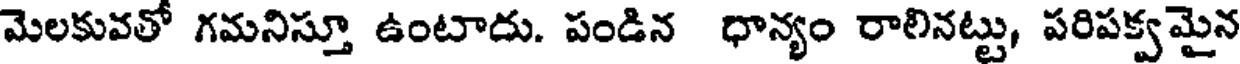
మెలకువతో గమనిస్తూ ఉంటాదు. పండిన ధాన్యం రాలినట్టు, పరిపక్వమైన